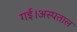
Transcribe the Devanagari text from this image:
गई।अस्पताल